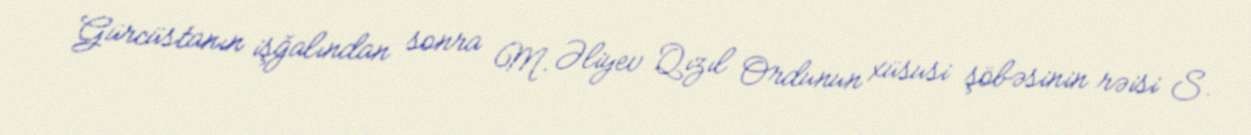
Gürcüstanın işğalından sonra M. Əliyev Qızıl Ordunun xüsusi şöbəsinin rəisi S.